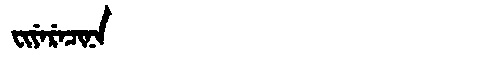
Manchu: ᠸᡳᠶᡝᡵᡝᠴᡳᠨᠠ
Romanization: FIYERECINA